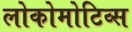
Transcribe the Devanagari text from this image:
लोकोमोटिव्स